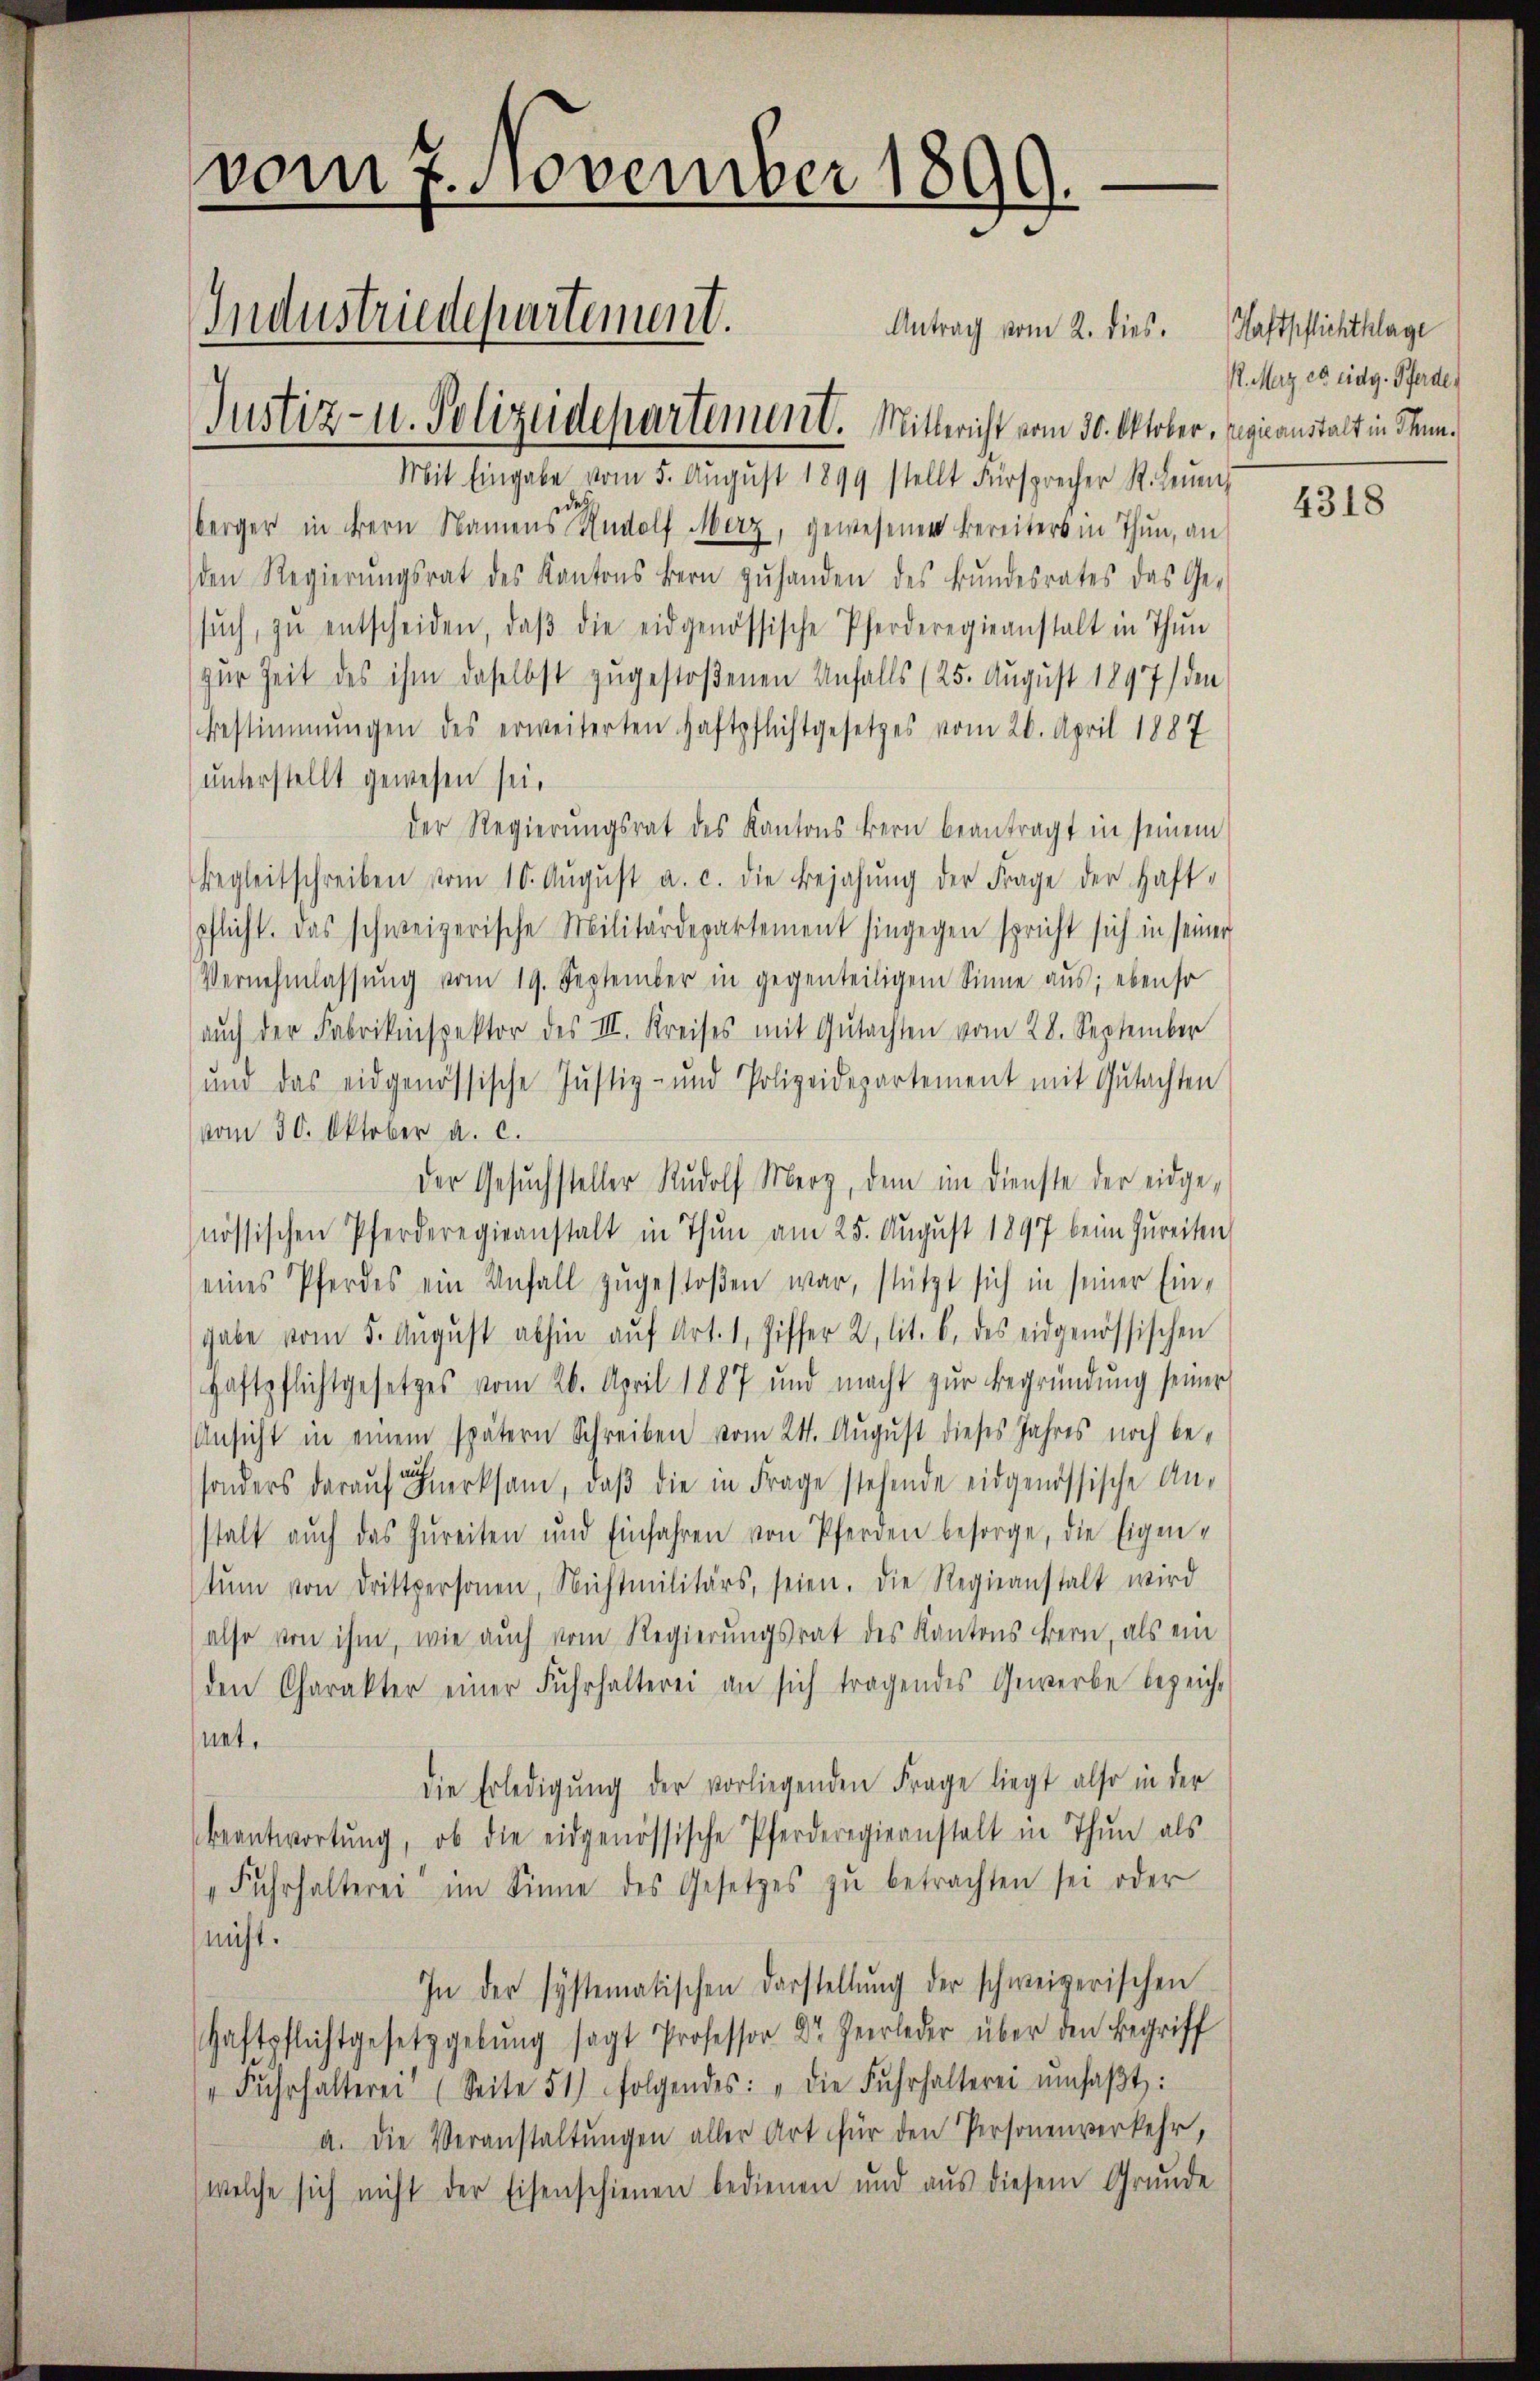
vom 7. November 1899.
Industriedepartement.
Justiz- u. Polizeidepartement. Mittericht vom 30. Oktober, Regicanstalt in Stun¬

Mit Eingabe vom 5. Aŭgŭst 1899 stellt Fürsprecher R. Leŭm
berger in Bern Namens Rudolf Merz, gewesenen Bereiters in Thun, an
den Regierŭngsrat des Kantons Bern zŭ handen des Bŭndesrates das Ge-
sŭch, zŭ entscheiden, daβ die eidgenössische Pferderegieanstalt in Thun
zur Zeit des ihm daselbst zugestoßenen Unfalls (25. August 1897 den
Bestimmungen des erweiterten Haftpflichtgesetzes vom 20. April 1887
unterstellt gewesen sei.
der Regierŭngsrat des Kantons Bern beantragt in seinem
Begleitschreiben vom 10. Aŭgŭst a. c. die Bejahung der Frage der Haft-
pflicht. Das schweizerische Militärdepartement hingegen spricht sich in seiner
Vernehmlassŭng vom 19. September in gegenteiligem Sinne aus; ebenso
auch der Fabrikinspektor des III. Kreises mit Gutachten vom 28. September
um das eidgenössische Justiz- und Polizeidepartement mit Gutachten
vom 30. Oktober a. c.
der Gesuchsteller Rudolf Merz, dem im Dienste der eidgenössischen Pferderegieanstalt in Thun am 25. August 1897 beim Zureiten
eines Pferdes ein Unfall zugestoßen war, stützt sich in seiner Eingabe vom 5. Aŭgŭst abhin aŭf Art. 1, Ziffer 2. lit. b. des eidgenössischen
Haftpflichtgesetzes vom 26. April 1887 und macht zŭr Begründŭng seiner
Ansicht in einem spätern Schreiben vom 24. August dieses Jahres noch be-
sonders darauf merksam, daβ die in Frage stehende eidgenössische Anstalt aŭch das zŭreiten und Einfahren von Pferden besorge, die Eigen-
tŭm von drittpersonen, Nichtmilitärs, seien. Die Regieanstalt wird
also von ihm, wie auch vom Regierungsrat des Kantons Bern, als ein
den Charakter einer Fuhrhalterei an sich tragendes Gewerbe bezeichnet.
die Erledigŭng der vorliegenden Frage liegt also in der
beantwortŭng, ob die eidgenössische Pferderegieanstalt in Thun als
" Fŭhrhalterei im Sinne des Gesetzes zŭ betrachten sei oder
nicht.
In der systematischen Darstellŭng der schweizerischen
Gaftpflichtgesetzgebung sagt Professor Dr. Heerleder über den Begriff
" Fŭhrhalterei (Seite 51) folgendes: "die Fŭhrhalterei ŭmsaβt:
a. Die Veranstaltungen aller Art für den Personenverkehr,
welche sich nicht der Eisenschienen bedienen und aus diesem Grunde

Antrag vom 2. dies. Haftpflichthlage

P. Merz es eidg. Pferde.

4318